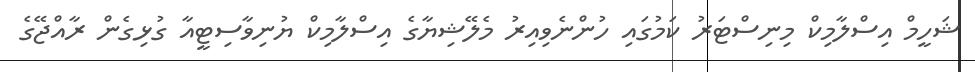
ޝަހީމް އިސްލާމިކް މިނިސްޓަރު ކަމުގައި ހުންނެވިއިރު މެލޭޝިޔާގެ އިސްލާމިކް ޔުނިވާސިޓީއާ ގުޅިގެން ރާއްޖޭގެ